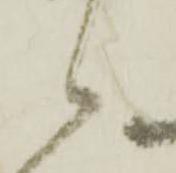
々